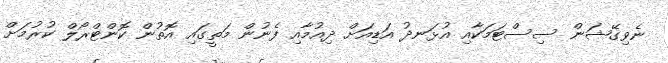
ނެވިގޭޝަން ސިސްޓަމަކާއި އުޅަނދު އަޑިއަށް ދިއުމާއި ފެނުން މަތީގައި އޮތުން ކޮންޓްރޯލް ކުރުމަށް